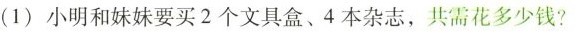
(1)小明和妹妹要买2个文具盒、4本杂志，共需花多少钱?